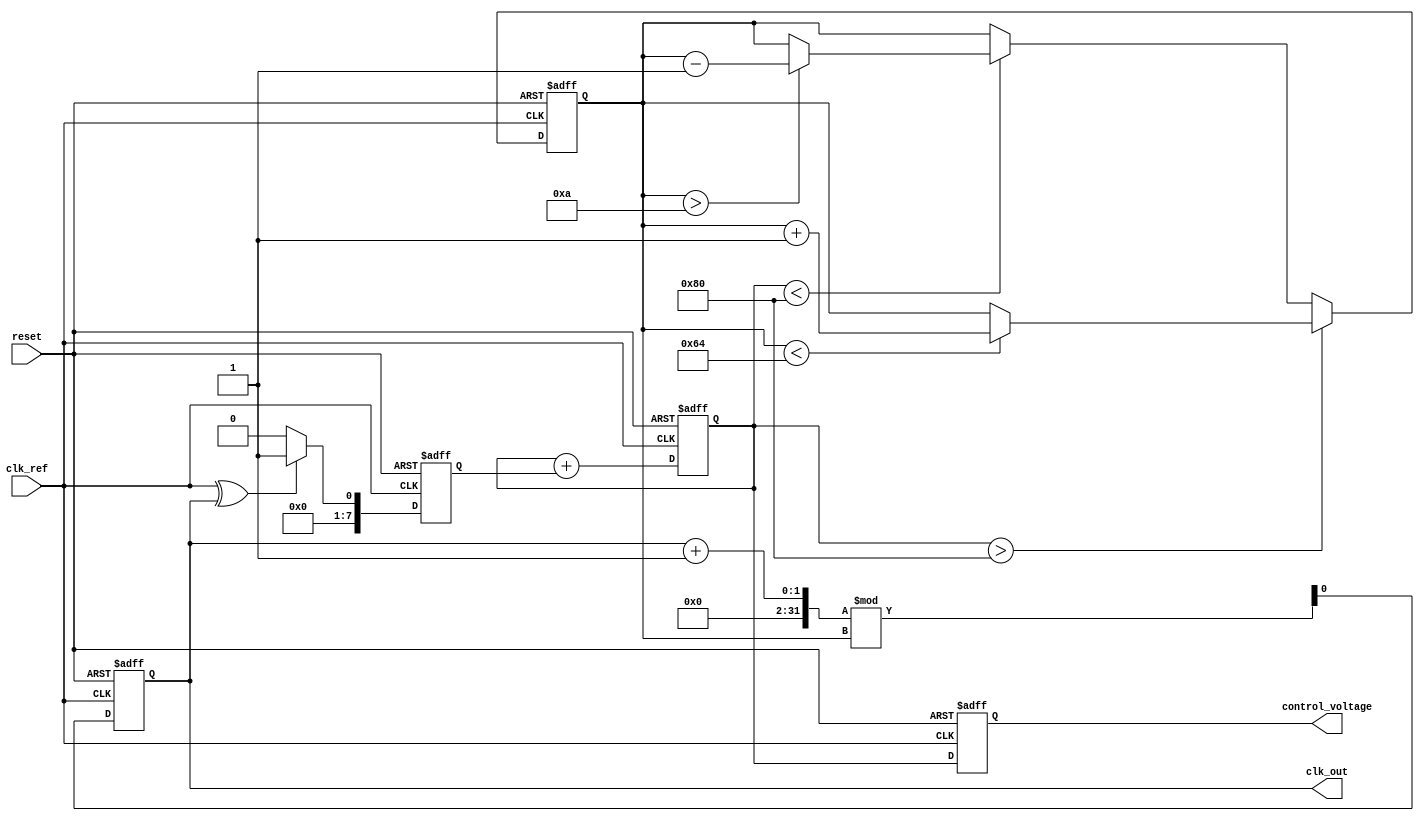
module dual_loop_PLL (
    input wire clk_ref,        // Reference clock input
    input wire reset,          // Reset signal
    output reg clk_out,        // Output clock
    output reg [7:0] control_voltage // Control voltage for VCO
);

// Parameters for the PLL
parameter integer VCO_MAX_FREQ = 100; // Max frequency for VCO
parameter integer VCO_MIN_FREQ = 10;   // Min frequency for VCO

// Internal signals
reg [7:0] phase_error; // Phase error signal
reg [7:0] loop_filter_out; // Output of the loop filter
reg [7:0] vco_freq; // VCO frequency control

// Phase Detector (PD)
always @(posedge clk_ref or posedge reset) begin
    if (reset) begin
        phase_error <= 8'b0;
    end else begin
        // Simple phase error calculation (XOR for demonstration)
        phase_error <= (clk_ref ^ clk_out) ? 8'b1 : 8'b0;
    end
end

// Loop Filter (Outer Loop)
always @(posedge clk_ref or posedge reset) begin
    if (reset) begin
        loop_filter_out <= 8'b0;
    end else begin
        // Simple integrator for loop filter
        loop_filter_out <= loop_filter_out + phase_error;
    end
end

// Voltage-Controlled Oscillator (VCO)
always @(posedge clk_ref or posedge reset) begin
    if (reset) begin
        vco_freq <= VCO_MIN_FREQ;
    end else begin
        // Control VCO frequency based on loop filter output
        if (loop_filter_out > 8'd128) begin
            if (vco_freq < VCO_MAX_FREQ) vco_freq <= vco_freq + 1;
        end else if (loop_filter_out < 8'd128) begin
            if (vco_freq > VCO_MIN_FREQ) vco_freq <= vco_freq - 1;
        end
    end
end

// Feedback Path
always @(posedge clk_ref or posedge reset) begin
    if (reset) begin
        clk_out <= 0;
    end else begin
        // Generate output clock based on VCO frequency
        clk_out <= (clk_out + 1) % vco_freq;
    end
end

// Control Voltage Output
always @(posedge clk_ref or posedge reset) begin
    if (reset) begin
        control_voltage <= 8'b0;
    end else begin
        // Update control voltage based on loop filter output
        control_voltage <= loop_filter_out;
    end
end

endmodule